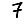
Digit: 7